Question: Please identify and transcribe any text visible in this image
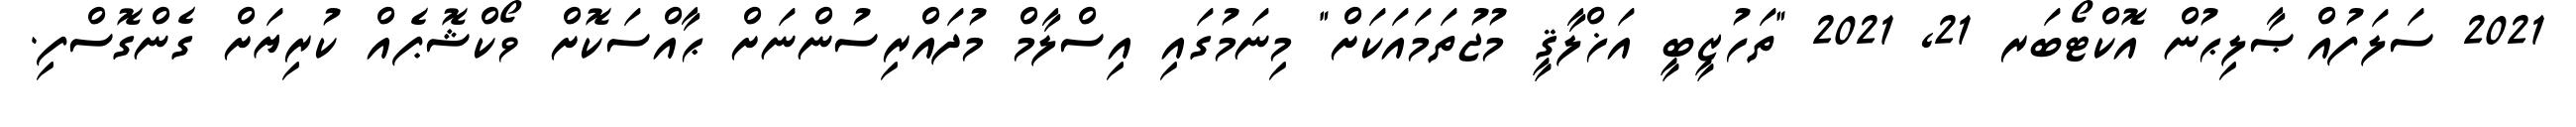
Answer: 2021 ސަލަފުއްޞާލިޙުން އޮކްޓޯބަރ 21, 2021 "ތަހުޒީބީ އަޚްލާޤީ މުޖުތަމައަކަށް" މިނަމުގައި އިސްލާމް މުދައްރިސުންނަށް ޙާއްސަކޮށް ވޯކްޝޮޕެއް ކުރިޔަށް ގެންގޮސްފި.